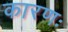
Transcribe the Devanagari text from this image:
कारणः